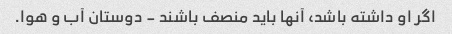
اگر او داشته باشد، آنها باید منصف باشند - دوستان آب و هوا.